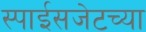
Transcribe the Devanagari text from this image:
स्पाईसजेटच्या